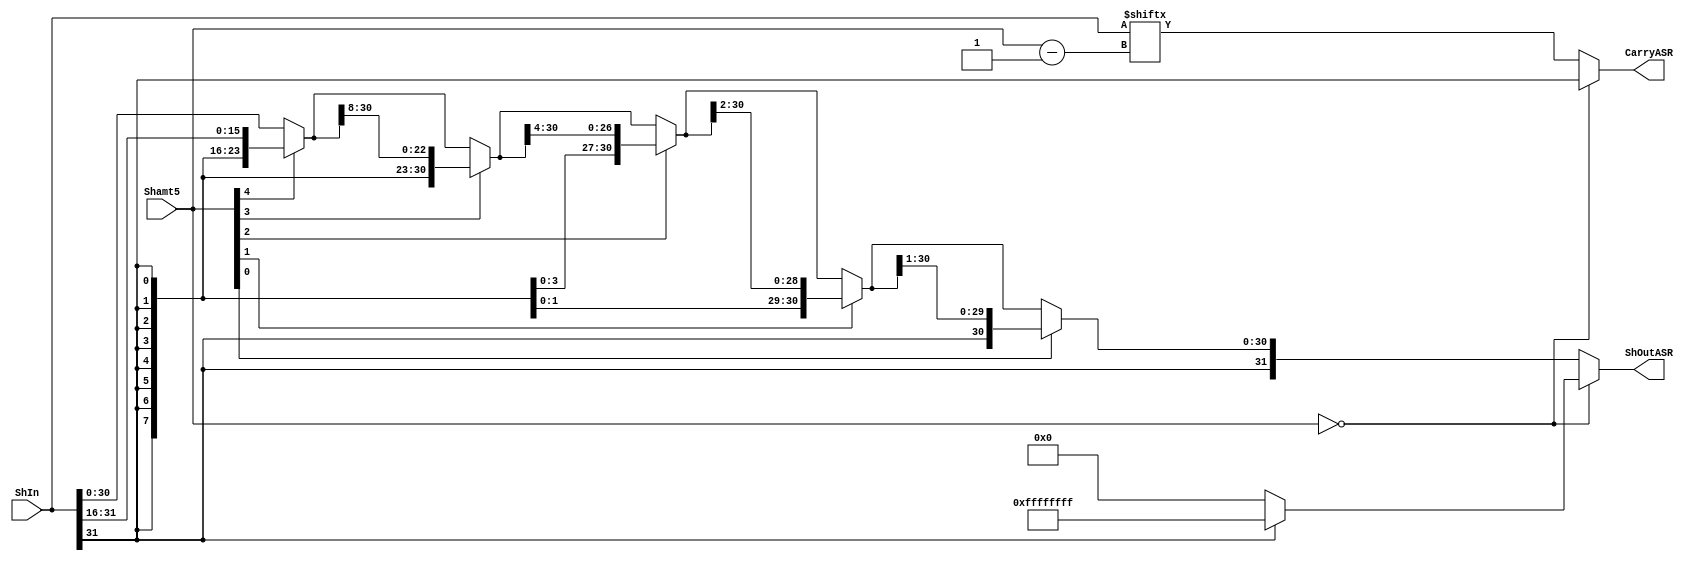
module ASR(
    input   [31:0]      ShIn,
    input   [4:0]       Shamt5,
    output  [31:0]      ShOutASR,
    output              CarryASR
    );
    
    wire [31:0] ShOutA;
    wire [31:0] ShOutB;
    wire [31:0] ShOutC;
    wire [31:0] ShOutD;
    wire [31:0] ShOutE;
    
    assign  ShOutA      =   Shamt5[4] ? {{16{ShIn[31]}}, ShIn[31:16]} : ShIn;
    assign  ShOutB      =   Shamt5[3] ? {{8{ShOutA[31]}},  ShOutA[31:8]} : ShOutA;
    assign  ShOutC      =   Shamt5[2] ? {{4{ShOutB[31]}},  ShOutB[31:4]} : ShOutB;
    assign  ShOutD      =   Shamt5[1] ? {{2{ShOutC[31]}},  ShOutC[31:2]} : ShOutC;
    assign  ShOutE      =   Shamt5[0] ? {{1{ShOutD[31]}},  ShOutD[31:1]} : ShOutD;

    assign  ShOutASR    =   Shamt5 == 0 ? (ShIn[31] == 0 ? 0 : 32'hFFFFFFFF) : ShOutE;
    assign  CarryASR    =   Shamt5 == 0 ? ShIn[31] : ShIn[Shamt5 - 1];
endmodule